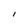
Character: I